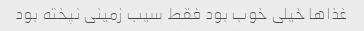
غذا‌ها خیلی خوب بود فقط سیب زمینی نپخته بود